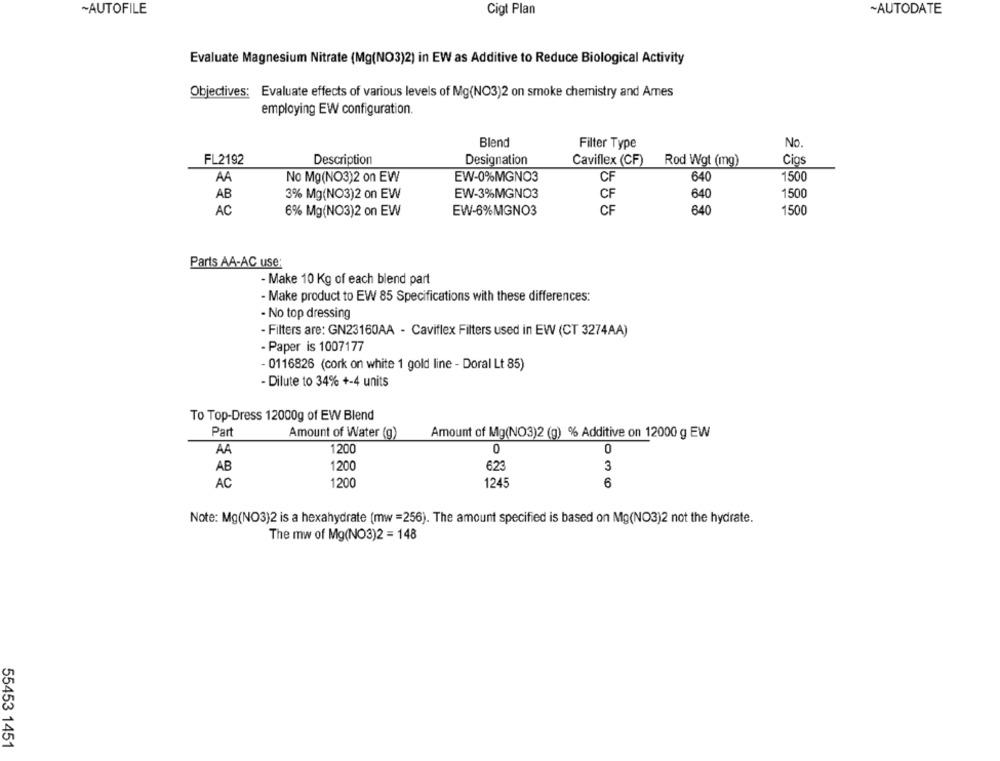
~AUTOFILE
Cigt Plan
~AUTODATE
Evaluate Magnesium Nitrate (Mg(NO3)2) in EW as Additive to Reduce Biological Activity
Objectives: Evaluate effects of various levels of Mg(NO3)2 on smoke chemistry and Ames
employing EW configuration.
Blend
Filter Type
No.
FL2192
Description
Designation
Cigs
Caviflex (CF)
Rod Wgt (mg)
1500
AA
No Mg(NO3)2 on EW
EW-0%MGNO3
CF
640
AB
3% Mg(NO3)2 on EW
EW-3%MGNO3
CF
640
1500
AC
6% Mg(NO3)2 on EW
EW-6%MIGNO3
CF
640
1500
Parts AA-AC use:
- Make 10 Kg of each blend part
- Make product to EW 85 Specifications with these differences:
- No top dressing
- Filters are: GN23160AA - Caviflex Filters used in EW (CT 3274AA)
- Paper is 1007177
- 0116826 (cork on white 1 gold line - Doral Lt 85)
- Dilute to 34% +-4 units
To Top-Dress 12000g of EW Blend
Part
Amount of Water (g)
Amount of Mg(NO3)2 (g) % Additive on 12000 g EW
1200
0
0
AA
623
AB
1200
3
AC
1200
1245
6
Note: Mg(NO3)2 is a hexahydrate (mw =256). The amount specified is based on Mg(NO3)2 not the hydrate.
The mw of Mg(NO3)2 = 148
55453 1451